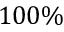
1 0 0 \%